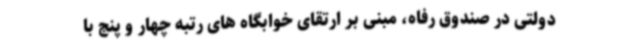
دولتی در صندوق رفاه، مبنی بر ارتقای خوابگاه های رتبه چهار و پنج با